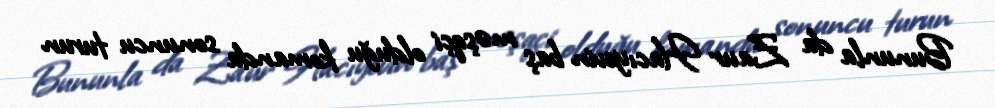
Bununla da Zaur Hacıyevin baş məşqçi olduğu komanda sonuncu turun